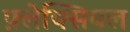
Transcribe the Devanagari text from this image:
फ़्लेक्सिबल